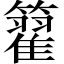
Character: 籊